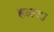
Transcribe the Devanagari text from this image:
हळवा